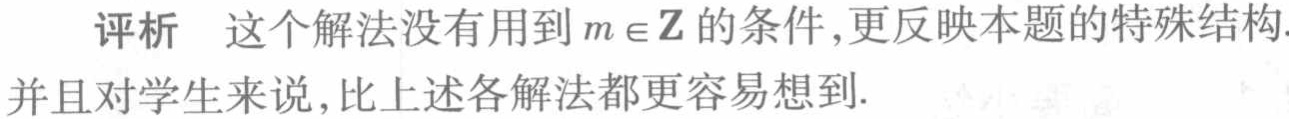
评析 这个解法没有用到$m\in\mathbb{Z}$的条件,更反映本题的特殊结构.并且对学生来说,比上述各解法都更容易想到.